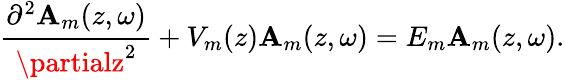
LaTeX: \cfrac{\partial^{2}\mathbf{A}_{m}(z,\omega)}{\partialz^{2}}+V_{m}(z)\mathbf{A}_{m}(z,\omega)=E_{m}\mathbf{A}_{m}(z,\omega).